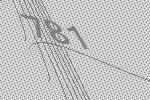
781